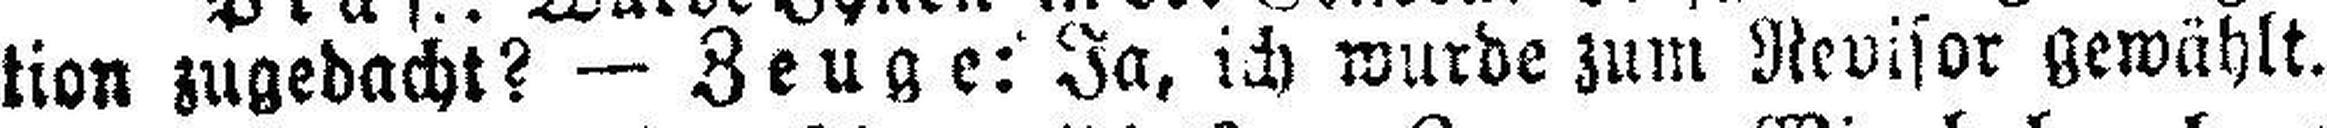
tion zugedachl? — Zeuge: Ja, ich wurde zum Revisor gewählt.